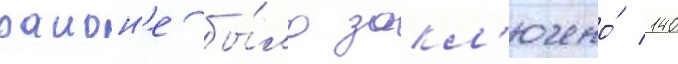
раион'е бы́ло закл'ючено́ 140